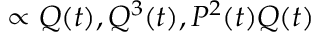
\propto Q ( t ) , Q ^ { 3 } ( t ) , P ^ { 2 } ( t ) Q ( t )